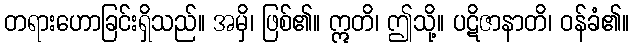
တရားဟောခြင်းရှိသည်။ အမှိ၊ ဖြစ်၏။ ဣတိ၊ ဤသို့။ ပဋိဇာနာတိ၊ ဝန်ခံ၏။